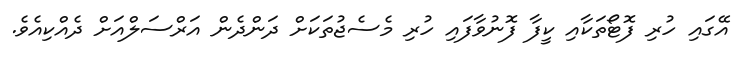
އޭގައި ހުރި ފޮޓޯތަކާއި ކީފާ ފޮނުވާފައި ހުރި މެސެޖުތަކަށް ދަންދެން އަރްސަލްއަށް ދެއްކިއެވެ.